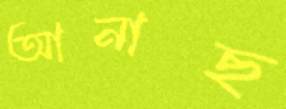
আনাছ